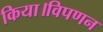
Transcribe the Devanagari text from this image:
किया।विपणन